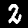
Digit: 2